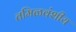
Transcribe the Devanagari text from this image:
तमिळवंशीय